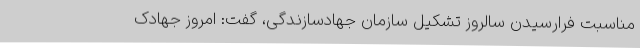
مناسبت فرارسیدن سالروز تشکیل سازمان جهادسازندگی، گفت: امروز جهادک